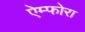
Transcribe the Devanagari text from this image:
ऐम्फोरा